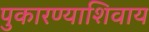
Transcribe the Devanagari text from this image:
पुकारण्याशिवाय